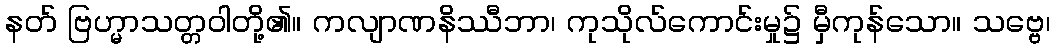
နတ် ဗြဟ္မာသတ္တဝါတို့၏။ ကလျာဏနိဿီဘာ၊ ကုသိုလ်ကောင်းမှု၌ မှီကုန်သော။ သဗ္ဗေ၊